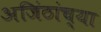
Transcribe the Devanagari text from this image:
अजिंठांच्या